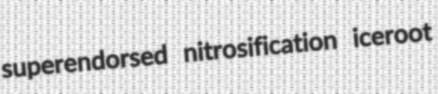
superendorsed nitrosification iceroot